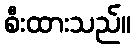
စီးထားသည်။